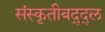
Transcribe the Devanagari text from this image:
संस्कृतीबद्द्ल